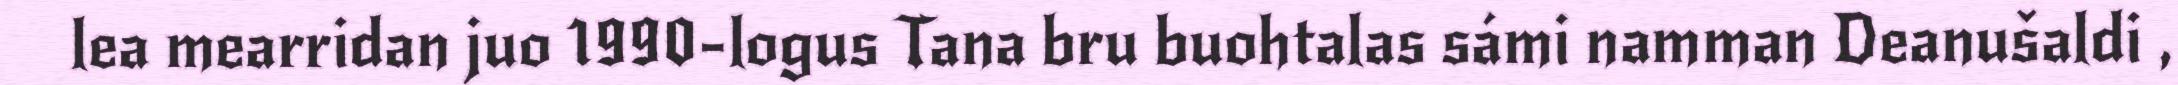
lea mearridan juo 1990-logus Tana bru buohtalas sámi namman Deanušaldi ,